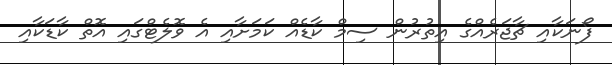
ފޯނަކާއި ޗާޖަރެއްގެ އިތުރުން ސިމް ކާޑެއް ކަމަށާއި އެ ވޮލެޓްގައި އޮތް ކާޑަކާއި